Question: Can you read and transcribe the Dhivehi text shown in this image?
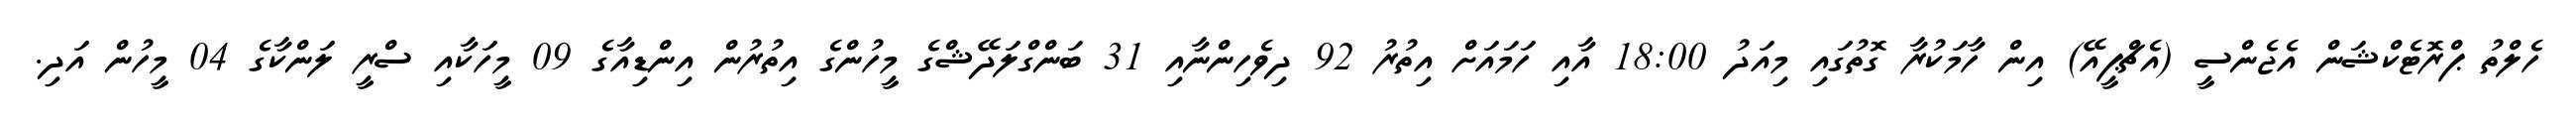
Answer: ހެލްތު ޕްރޮޓެކްޝަން އެޖެންސީ (އެޗްޕީއޭ) އިން ހާމަކުރާ ގޮތުގައި މިއަދު 18:00 އާއި ހަމައަށް އިތުރު 92 ދިވެހިންނާއި 31 ބަންގްލަދޭޝްގެ މީހުންގެ އިތުރުން އިންޑިއާގެ 09 މީހަކާއި ސްރީ ލަންކާގެ 04 މީހުން އަދި.